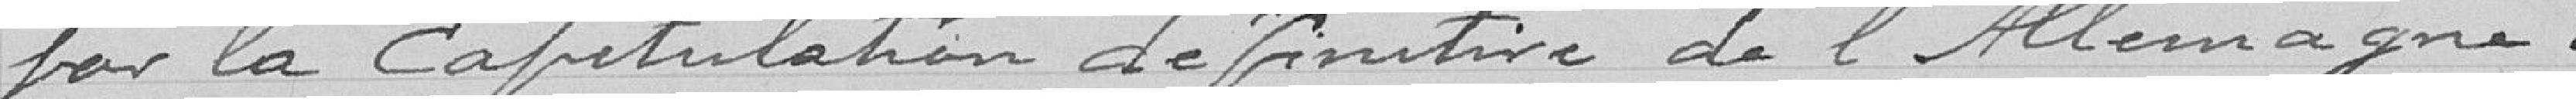
par la capitulation définitive de l'Allemagne.